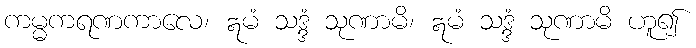
ကမ္မကရဏကာလေ၊ ဣမံ သဒ္ဒံ သုဏာမိ၊ ဣမံ သဒ္ဒံ သုဏာမိ ဟူ၍